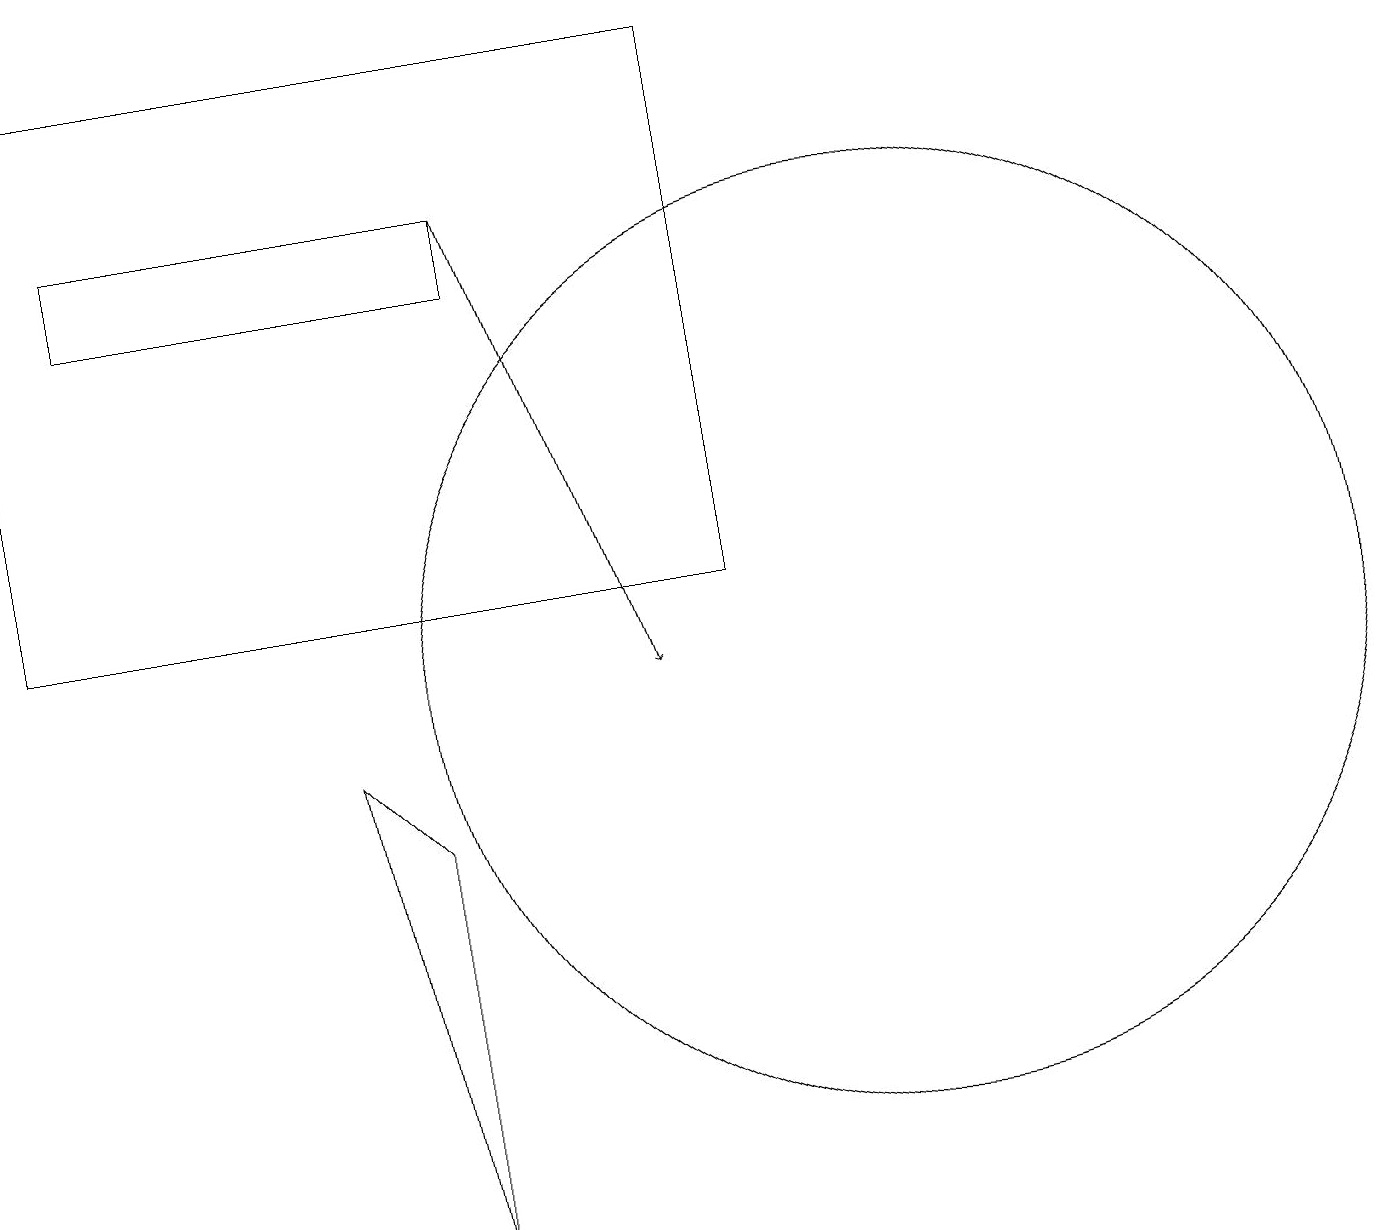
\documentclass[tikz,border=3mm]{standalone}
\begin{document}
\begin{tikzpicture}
\draw (11,10) circle (6);
\draw (6,15) rectangle (1,16);
\draw[->] (6,16) -- (8,10);
\draw (0,11) rectangle (9,18);
\draw (5,3) -- (5,8) -- (4,9) -- cycle;
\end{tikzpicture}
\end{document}